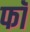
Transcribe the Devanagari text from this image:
फॉ